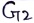
Text: G2